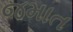
જમાત